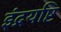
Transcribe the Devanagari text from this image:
इंद्रयष्टि